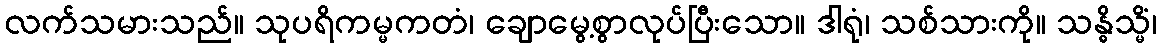
လက်သမားသည်။ သုပရိကမ္မကတံ၊ ချောမွေ့စွာလုပ်ပြီးသော။ ဒါရုံ၊ သစ်သားကို။ သန္ဓိသ္မိံ၊